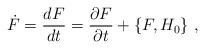
LaTeX: \begin{align*}\dot{F}=\frac{dF}{dt}=\frac{\partial F}{\partial t}+\{F,H_0\}\ ,\end{align*}